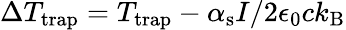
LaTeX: \Delta T_{\mathrm{trap}}=T_{\mathrm{trap}}-\alpha_{\mathrm{s}}I/2\epsilon_{0}ck_{\mathrm{B}}